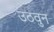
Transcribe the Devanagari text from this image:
उठवुन